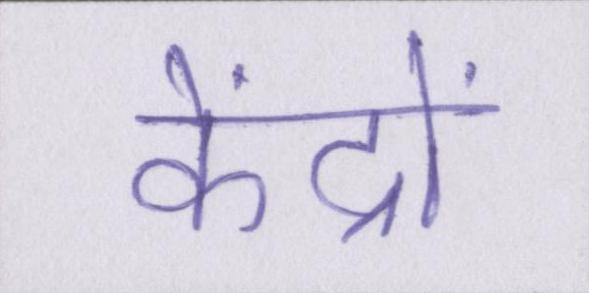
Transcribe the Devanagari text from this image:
केंद्रों